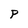
Character: P